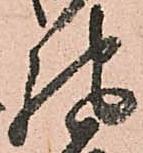
馳